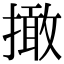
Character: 撖